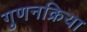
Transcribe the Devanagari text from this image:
गुणनक्रिया